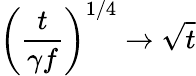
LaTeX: \left(\frac{t}{\gamma f}\right)^{1/4}\to\sqrt{t}